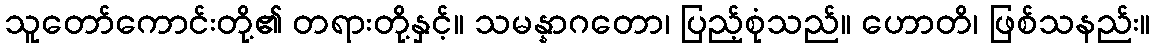
သူတော်ကောင်းတို့၏ တရားတို့နှင့်။ သမန္နာဂတော၊ ပြည့်စုံသည်။ ဟောတိ၊ ဖြစ်သနည်း။